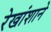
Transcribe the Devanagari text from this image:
रेखांशाने